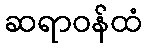
ဆရာဝန်ထံ